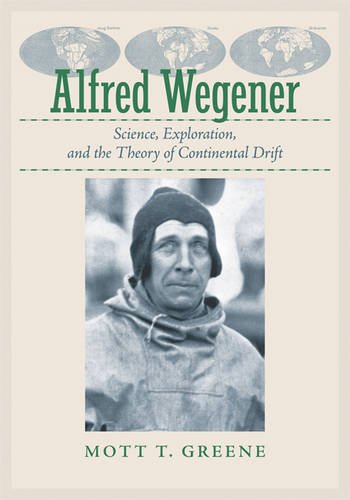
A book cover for Alfred Wegener: Science, Exploration, and the Theory of Continental Drift; Mott T. Greene; Biographies & Memoirs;